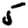
Digit: 5